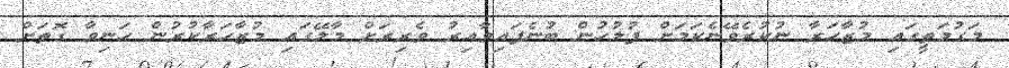
މަގުމަތީގައި މުޒާހަރާ ނުކުރެވޭނެކަމަށް ފުލުހުން ބުނެފައިވާއިރު ވެރިރަށް މާލޭގައި މުޒާހަރާކުރުން ހަނިވާ ގޮތަށް